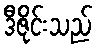
ဒီဇိုင်းသည်